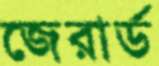
জেরার্ড